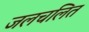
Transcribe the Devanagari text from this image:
जलचलित